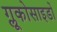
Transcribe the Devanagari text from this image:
ग्लूकोसाइडों